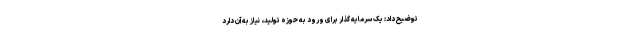
توضیح داد: یک سرمایه گذار برای ورود به حوزه تولید، نیاز به آن دارد